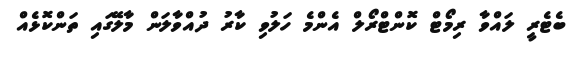
ބެޓެރީ ލައްވާ ރިމޯޓް ކޮންޓްރޯލް އެންމެ ހަލުވި ކާރު ދުއްވާލަން މާލޭގައި ތަންކޮޅެއް